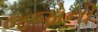
જજોની